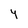
Character: 4